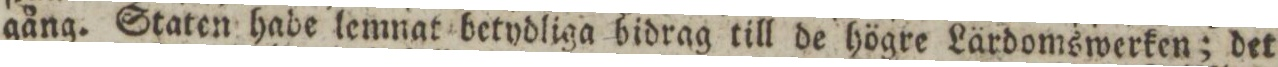
gång. Staten habe lemnat betydliga bidrag till de högre Lärdomswerken; det